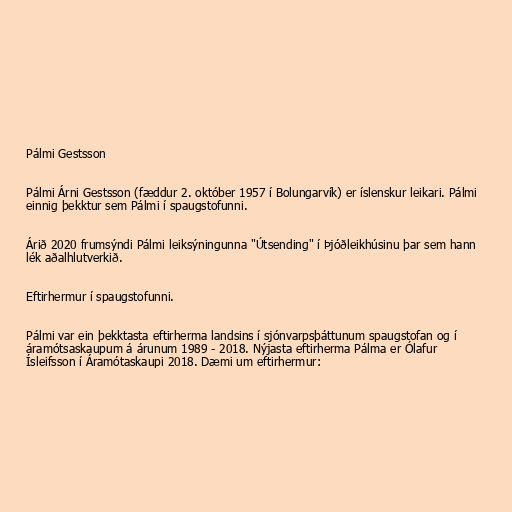
Pálmi Gestsson

Pálmi Árni Gestsson (fæddur 2. október 1957 í Bolungarvík) er íslenskur leikari. Pálmi
einnig þekktur sem Pálmi í spaugstofunni.

Árið 2020 frumsýndi Pálmi leiksýningunna "Útsending" í Þjóðleikhúsinu þar sem hann
lék aðalhlutverkið.

Eftirhermur í spaugstofunni.

Pálmi var ein þekktasta eftirherma landsins í sjónvarpsþáttunum spaugstofan og í
áramótsaskaupum á árunum 1989 - 2018. Nýjasta eftirherma Pálma er Ólafur
Ísleifsson í Áramótaskaupi 2018. Dæmi um eftirhermur: